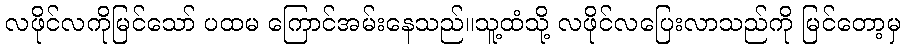
လဖိုင်လကိုမြင်သော် ပထမ ကြောင်အမ်းနေသည်။သူ့ထံသို့ လဖိုင်လပြေးလာသည်ကို မြင်တော့မှ